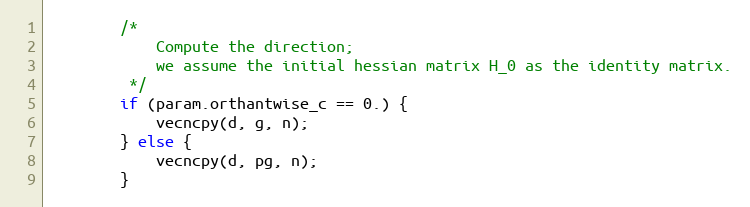
Language: Java
        /*
            Compute the direction;
            we assume the initial hessian matrix H_0 as the identity matrix.
         */
        if (param.orthantwise_c == 0.) {
            vecncpy(d, g, n);
        } else {
            vecncpy(d, pg, n);
        }